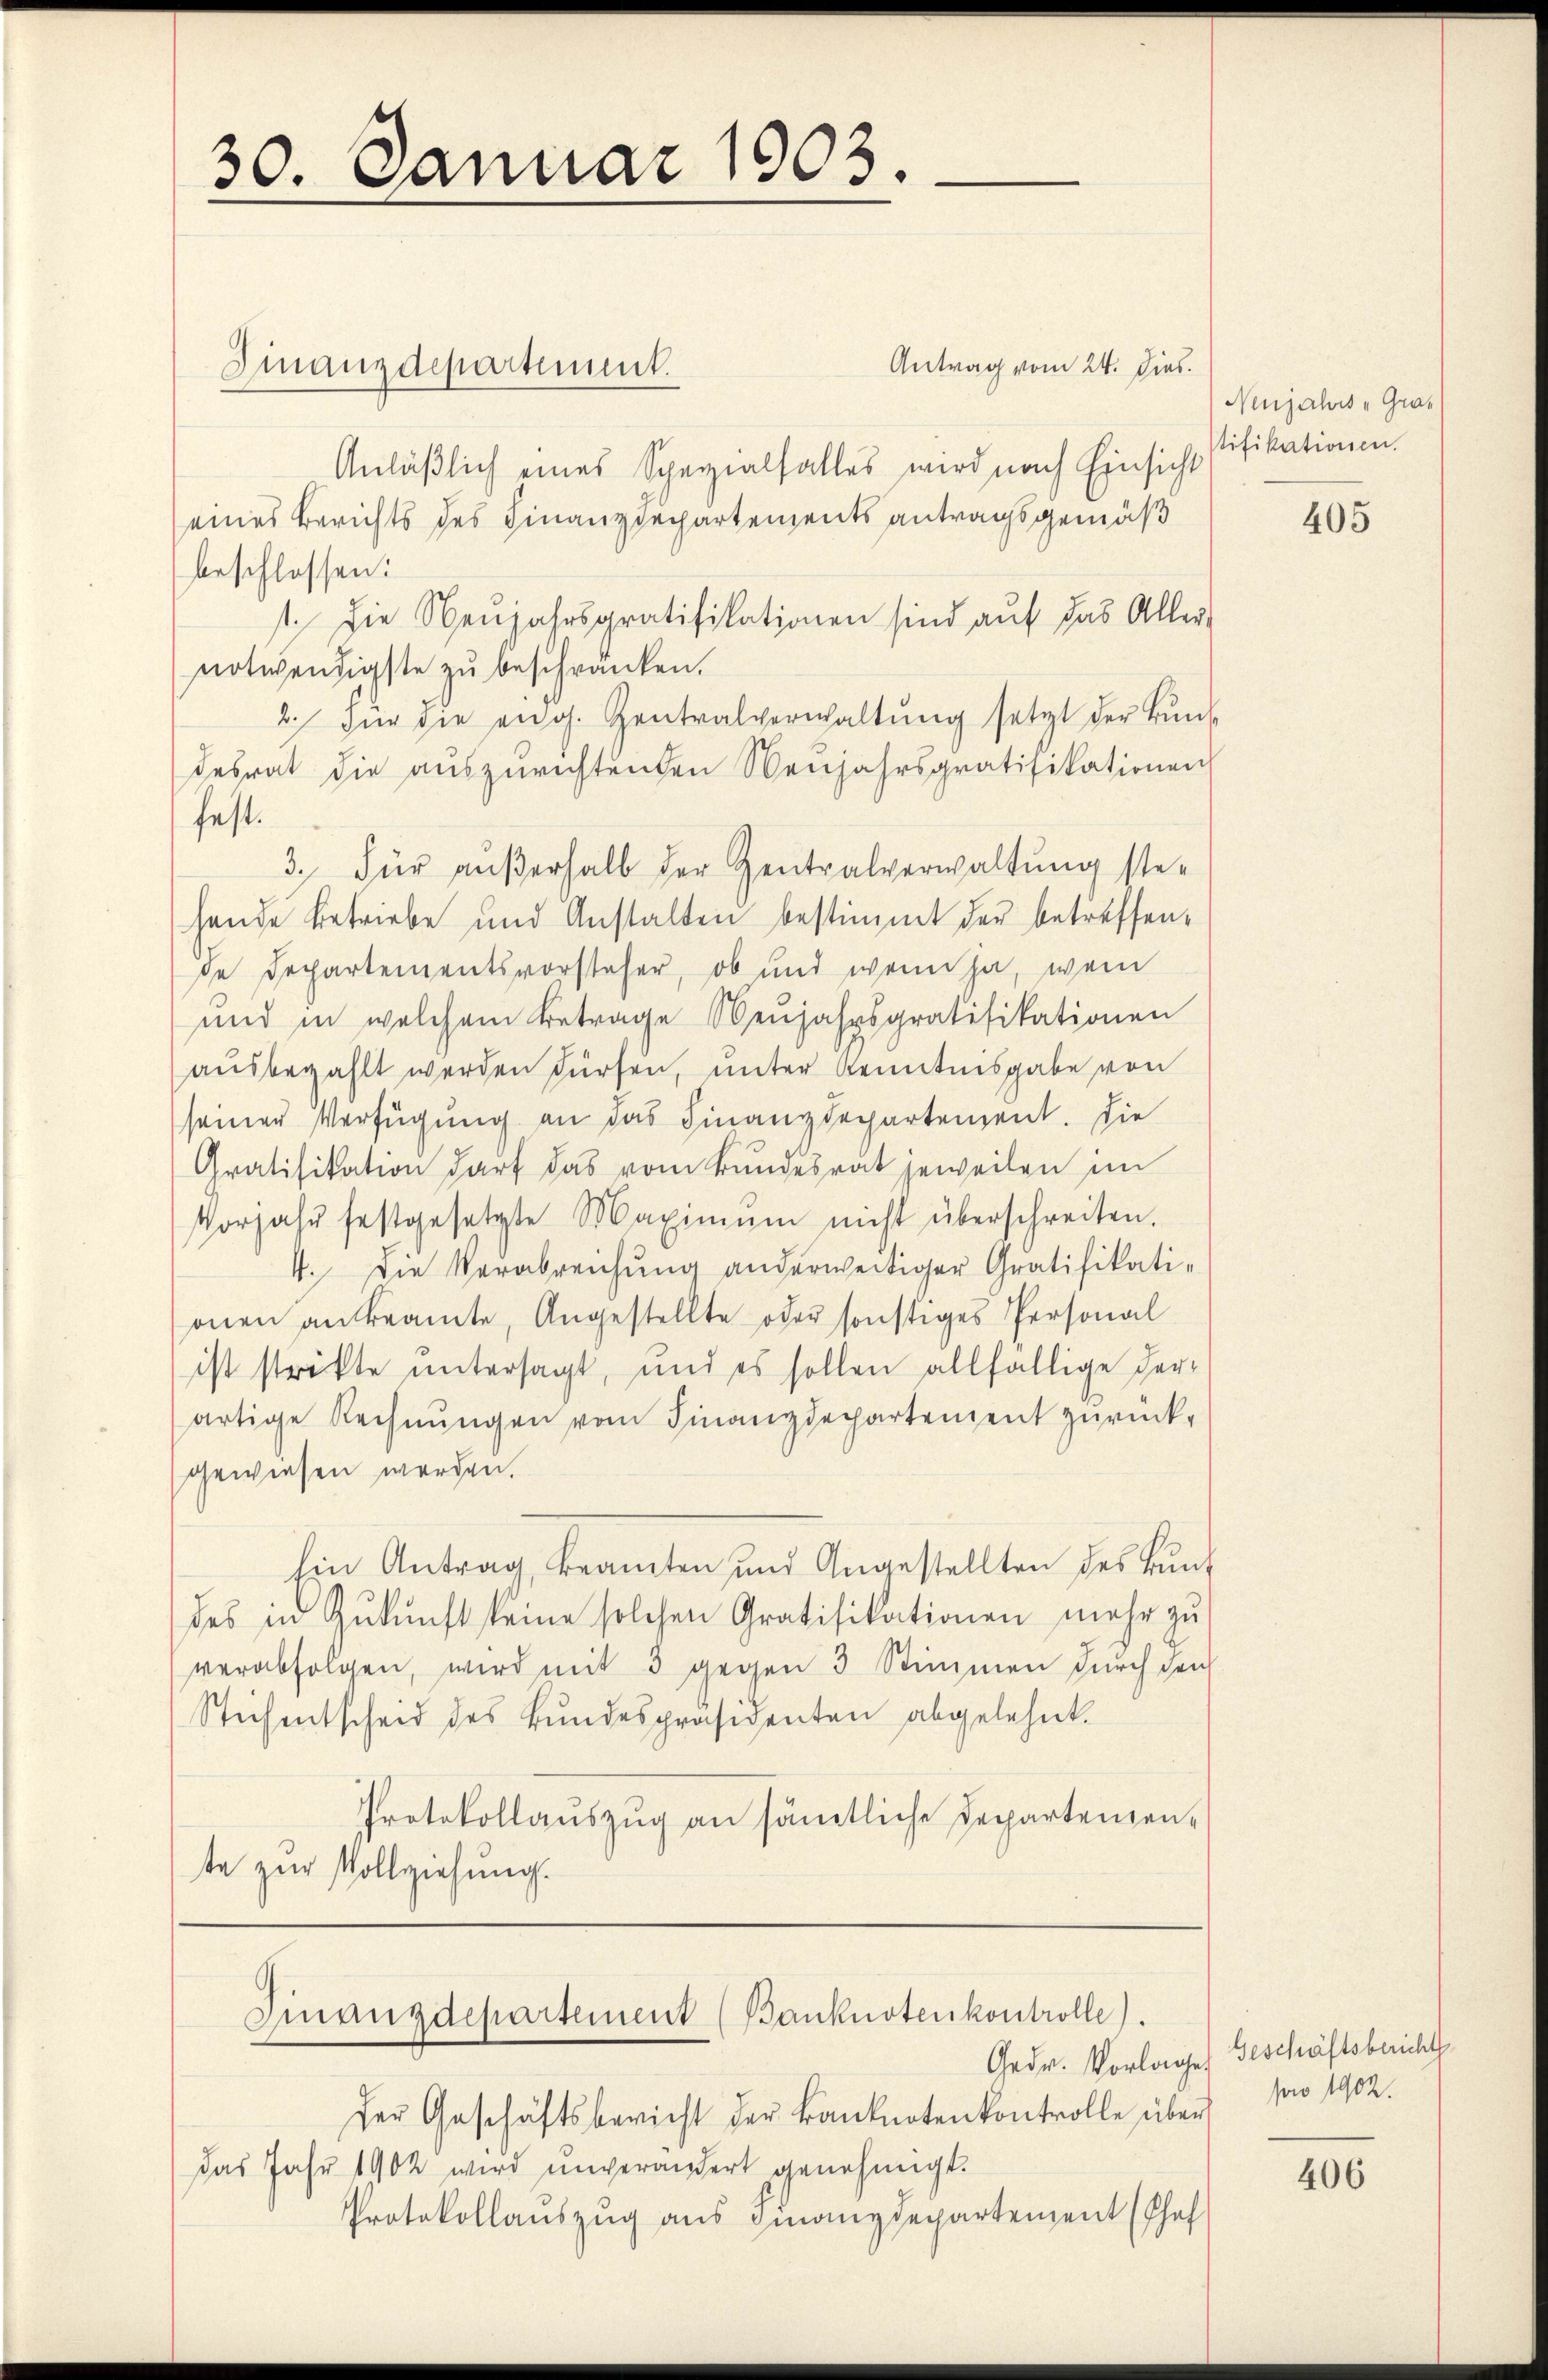
30. Januar 1903.

Antrag vom 24. dies
Finanzdepartement.
Anläßlich eines Spezialfalles wird nach Einsicht
eines Berichts des Finanzdepartements antragsgemäß
beschlossen:
st. Die Neŭjahrsgratifikationen sind auf das Aller-
notwendigste zu beschränken.
2. Für die ang. Zentralverwaltŭng setzt der Bŭn
desrat die auszurichtenden Neujahrsgratifikationen
fest.
3. Für aŭβerhalb der Zentralverwaltung ste-
hande betriebe und Anstalten bestimmt der betreffende Departementsvorsteher, ob und wenn ja, wen
und in welchem Betrage Neŭjahrsgratifikationen
ausbezahlt werden dürfen, unter Kenntnisgabe von
seiner Verfügung an das Finanzdepartement. Die
Gratifikation darf das vom Bundesrat jeweilen im
Vorjahr festgesetzte Maximŭm nicht überschreiten.
4. Die Verabreichung anderweitiger Gratifikationen anbeamte, Angestellte oder sonstiges Personal
ist strikte untersagt, und es sollen allfällige Ver-
artige Rechnŭngen vom Finanzdechartement zŭrück-
gewiesen werden.
hin Antrag, Beamten und Angestellten des Bund
des in Zukunft keine solchen Gratifikationen mehr zu
verabfolgen, wird mit 3 gegen 3 Stimmen durch den
Stichentscheid des Bundespräsidenten abgelehnt.
Protokollaŭszŭg an sämtliche Departemen-
te zur Vollziehung.
Finanzdepartement (Banknotenkontrolle.
Gedr. Vorlages Geschäftsbericht
der Geschäftsbericht der Banknotenkontrolle über pro 1902.
das Jahr 1902 wird unverändert genehmigt.
Protokollauszug aus Finanzdepartement (Phaf

Neujahrs - Gratifikationen.

405

406